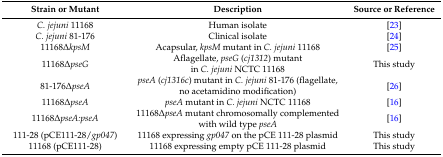
<table><thead><tr><td><b>Strain or Mutant</b></td><td><b>Description</b></td><td><b>Source or Reference</b></td></tr></thead><tbody><tr><td><i>C. jejuni</i> 11168</td><td>Human isolate</td><td>[23]</td></tr><tr><td><i>C. jejuni</i> 81-176</td><td>Clinical isolate</td><td>[24]</td></tr><tr><td>11168Δ<i>kpsM</i></td><td>Acapsular, <i>kpsM</i> mutant in <i>C. jejuni</i> 11168</td><td>[25]</td></tr><tr><td>11168Δ<i>pseG</i></td><td>Aflagellate, <i>pseG</i> (<i>cj1312</i>) mutant in <i>C. jejuni</i> NCTC 11168</td><td>This study</td></tr><tr><td>81-176Δ<i>pseA</i></td><td><i>pseA</i> (<i>cj1316c</i>) mutant in <i>C. jejuni</i> 81-176 (flagellate, no acetamidino modification)</td><td>[26]</td></tr><tr><td>11168Δ<i>pseA</i></td><td><i>pseA</i> mutant in <i>C. jejuni</i> NCTC 11168 </td><td>[16]</td></tr><tr><td>11168Δ<i>pseA:pseA</i></td><td>11168∆<i>pseA</i> mutant chromosomally complemented with wild type <i>pseA</i></td><td>[16]</td></tr><tr><td>111-28 (pCE111-28/<i>gp047</i>)</td><td>11168 expressing <i>gp047</i> on the pCE 111-28 plasmid</td><td>This study</td></tr><tr><td>11168 (pCE111-28)</td><td>11168 expressing empty pCE 111-28 plasmid</td><td>This study</td></tr></tbody></table>